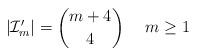
LaTeX: \begin{align*}|\mathcal{I}'_m|={m+4\choose 4}\ \ \ \ m\geq 1\end{align*}